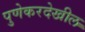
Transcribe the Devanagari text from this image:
पुणेकरदेखील